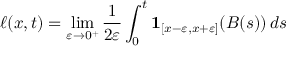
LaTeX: \ell ( x , t ) = \operatorname* { l i m } _ { \varepsilon \to 0 ^ { + } } { \frac { 1 } { 2 \varepsilon } } \int _ { 0 } ^ { t } \mathbf { 1 } _ { [ x - \varepsilon , x + \varepsilon ] } ( B ( s ) ) \, d s